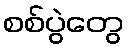
စစ်ပွဲတွေ